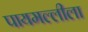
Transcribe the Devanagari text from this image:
पायमल्लीला